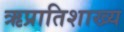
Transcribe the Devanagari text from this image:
ऋप्रातिशाख्य